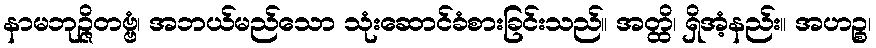
နာမဘုဉ္ဇိတဗ္ဗံ၊ အဘယ်မည်သော သုံးဆောင်ခံစားခြင်းသည်။ အတ္ထိ၊ ရှိအံ့နည်း။ အဟဉ္စ၊